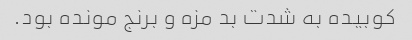
کوبیده به شدت بد مزه و برنج مونده بود.